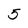
Character: 5